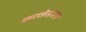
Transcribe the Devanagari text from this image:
करतेसमय